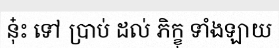
នុ៎ះ ទៅ ប្រាប់ ដល់ ភិក្ខុ ទាំងឡាយ